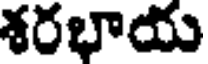
శరభాయ